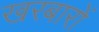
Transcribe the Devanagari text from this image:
खरबारों